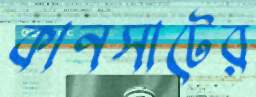
কানসাটের